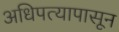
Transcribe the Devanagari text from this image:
अधिपत्यापासून